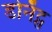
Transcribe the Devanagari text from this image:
डोनॅट्स